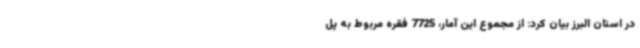
در استان البرز بیان کرد: از مجموع این آمار، 7725 فقره مربوط به پل